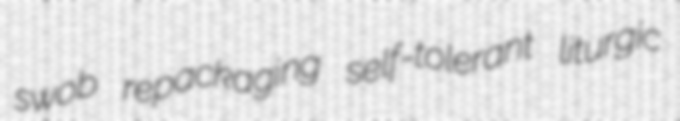
swob repackaging self-tolerant liturgic